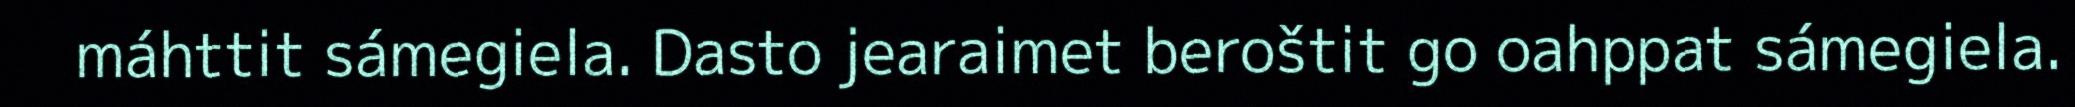
máhttit sámegiela. Dasto jearaimet beroštit go oahppat sámegiela.